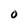
Character: O